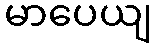
မာပေယျ